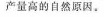
产量高的自然原因。